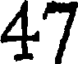
47